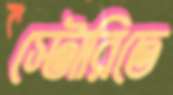
স্টোরিতে